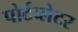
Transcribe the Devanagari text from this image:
पोर्टब्लेटर